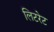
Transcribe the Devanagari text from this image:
लिटरेट